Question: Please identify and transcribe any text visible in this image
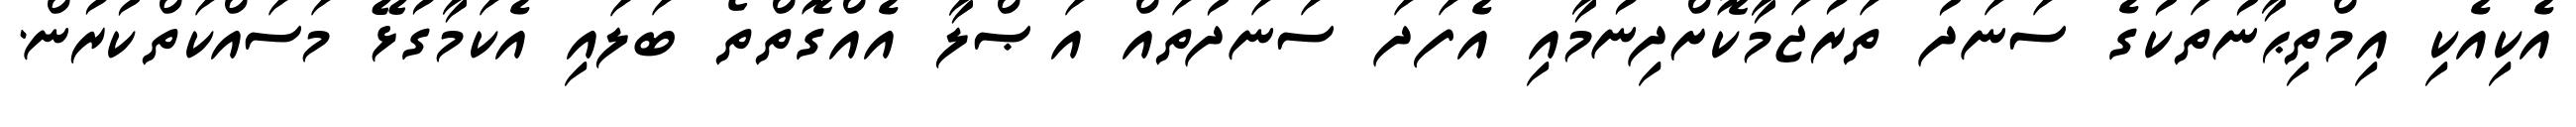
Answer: އެކިއެކި އިމްތިޙާނުތަކުގެ ސަނަދު ތަރުޖަމާކޮށްދިނުމާއި އެފަދަ ސަނަދުތައް އަޞްލާ އެއްގޮތްތޯ ބަލައި އެކަމާގުޅޭ މަސައްކަތްކުރުން.